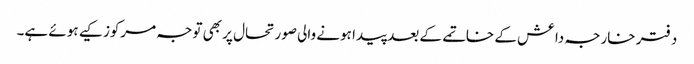
دفتر خارجہ داعش کے خاتمے کے بعد پیدا ہونے والی صورتحال پر بھی توجہ مرکوز کیے ہوئے ہے۔